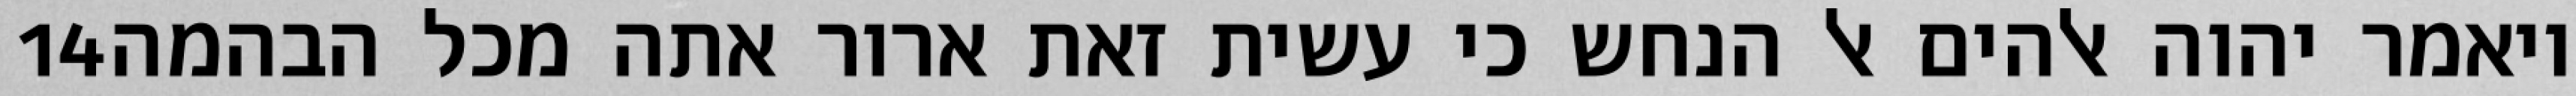
‎14‏ ויאמר יהוה אלהים אל הנחש כי עשית זאת ארור אתה מכל הבהמה